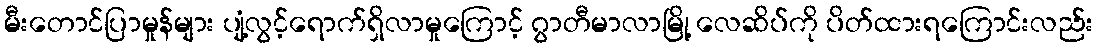
မီးတောင်ပြာမှုန်များ ပျံ့လွင့်ရောက်ရှိလာမှုကြောင့် ဂွာတီမာလာမြို့ လေဆိပ်ကို ပိတ်ထားရကြောင်းလည်း